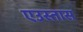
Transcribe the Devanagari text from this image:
एउस्तास